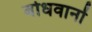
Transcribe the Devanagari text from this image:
बोधवानों